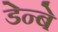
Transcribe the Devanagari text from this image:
डेन्बे